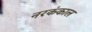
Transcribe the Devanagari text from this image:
नरकंकाल